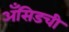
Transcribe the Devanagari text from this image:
अँसिडची